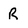
Character: R